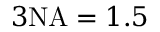
3 \mathrm { N A } = 1 . 5